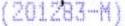
(201283-M)